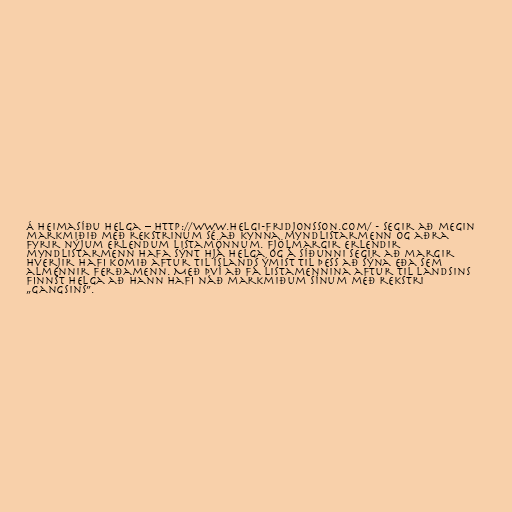
Á heimasíðu Helga – http://www.helgi-fridjonsson.com/ - segir að megin
markmiðið með rekstrinum sé að kynna myndlistarmenn og aðra
fyrir nýjum erlendum listamönnum. Fjölmargir erlendir
myndlistarmenn hafa sýnt hjá Helga og á síðunni segir að margir
hverjir hafi komið aftur til Íslands ýmist til þess að sýna eða sem
almennir ferðamenn. Með því að fá listamennina aftur til landsins
finnst Helga að hann hafi náð markmiðum sínum með rekstri
„Gangsins”.